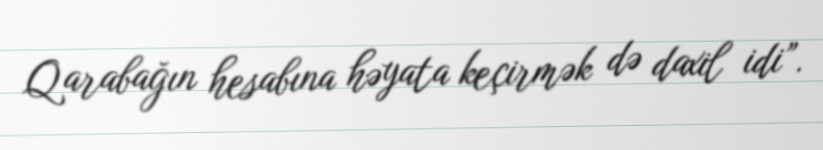
Qarabağın hesabına həyata keçirmək də daxil idi”.